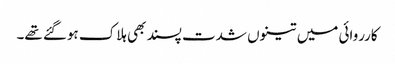
کارروائی میں تینوں شدت پسند بھی ہلاک ہوگئے تھے۔